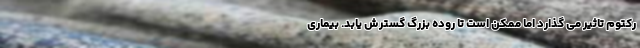
رکتوم تاثیر می گذارد اما ممکن است تا روده بزرگ گسترش یابد. بیماری